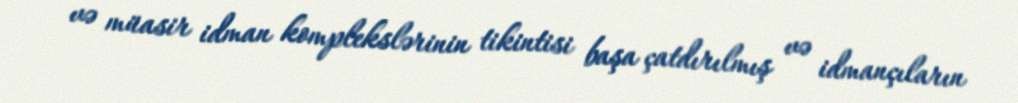
və müasir idman komplekslərinin tikintisi başa çatdırılmış və idmançıların